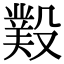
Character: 𣪻